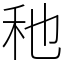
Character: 䄬